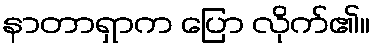
နာတာရှာက ပြော လိုက်၏။